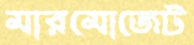
মারমোজেট